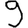
Digit: 9